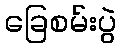
ခြေစမ်းပွဲ